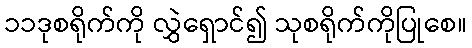
၁၁ဒုစရိုက်ကို လွှဲရှောင်၍ သုစရိုက်ကိုပြုစေ။